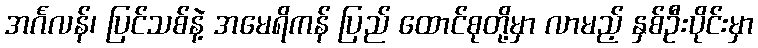
အင်္ဂလန်၊ ပြင်သစ်နဲ့ အမေရိကန် ပြည် ထောင်စုတို့မှာ လာမည့် နှစ်ဦးပိုင်းမှာ